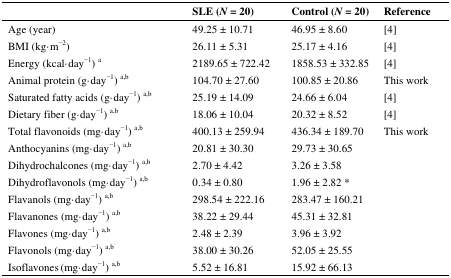
<table><thead><tr><td></td><td><b>SLE (<i>N</i> = 20)</b></td><td><b>Control (<i>N</i> = 20)</b></td><td><b>Reference</b></td></tr></thead><tbody><tr><td>Age (year)</td><td>49.25 ± 10.71</td><td>46.95 ± 8.60</td><td>[4]</td></tr><tr><td>BMI (kg·m<sup>−2</sup>) </td><td>26.11 ± 5.31</td><td>25.17 ± 4.16</td><td>[4]</td></tr><tr><td>Energy (kcal·day<sup>−1</sup>) <sup>a</sup></td><td>2189.65 ± 722.42</td><td>1858.53 ± 332.85</td><td>[4]</td></tr><tr><td>Animal protein (g·day<sup>−1</sup>) <sup>a,b</sup></td><td>104.70 ± 27.60</td><td>100.85 ± 20.86</td><td>This work</td></tr><tr><td>Saturated fatty acids (g·day<sup>−1</sup>) <sup>a,b</sup></td><td>25.19 ± 14.09</td><td>24.66 ± 6.04</td><td>[4]</td></tr><tr><td>Dietary fiber (g·day<sup>−1</sup>) <sup>a,b</sup></td><td>18.06 ± 10.04</td><td>20.32 ± 8.52</td><td>[4]</td></tr><tr><td>Total flavonoids (mg·day<sup>−1</sup>) <sup>a,b</sup></td><td>400.13 ± 259.94</td><td>436.34 ± 189.70</td><td>This work</td></tr><tr><td>Anthocyanins (mg·day<sup>−1</sup>) <sup>a,b</sup></td><td>20.81 ± 30.30</td><td>29.73 ± 30.65</td><td></td></tr><tr><td>Dihydrochalcones (mg·day<sup>−1</sup>) <sup>a,b</sup></td><td>2.70 ± 4.42</td><td>3.26 ± 3.58</td><td></td></tr><tr><td>Dihydroflavonols (mg·day<sup>−1</sup>) <sup>a,b</sup></td><td>0.34 ± 0.80</td><td>1.96 ± 2.82 *</td><td></td></tr><tr><td>Flavanols (mg·day<sup>−1</sup>) <sup>a,b</sup></td><td>298.54 ± 222.16</td><td>283.47 ± 160.21</td><td></td></tr><tr><td>Flavanones (mg·day<sup>−1</sup>) <sup>a,b</sup></td><td>38.22 ± 29.44</td><td>45.31 ± 32.81</td><td></td></tr><tr><td>Flavones (mg·day<sup>−1</sup>) <sup>a,b</sup></td><td>2.48 ± 2.39</td><td>3.96 ± 3.92</td><td></td></tr><tr><td>Flavonols (mg·day<sup>−1</sup>) <sup>a,b</sup></td><td>38.00 ± 30.26</td><td>52.05 ± 25.55</td><td></td></tr><tr><td>Isoflavones (mg·day<sup>−1</sup>) <sup>a,b</sup></td><td>5.52 ± 16.81</td><td>15.92 ± 66.13</td><td></td></tr></tbody></table>